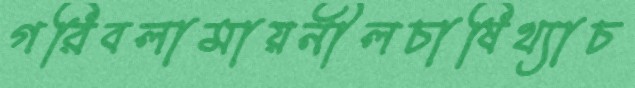
গরিবলামায়নীলচাষিথ্যাচ